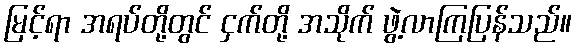
မြင့်ရာ အရပ်တို့တွင် ငှက်တို့ အသိုက် ဖွဲ့လာကြပြန်သည်။